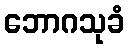
ဘောဂသုခံ